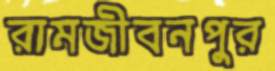
রামজীবনপুর